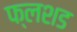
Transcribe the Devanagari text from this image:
फ्लशड